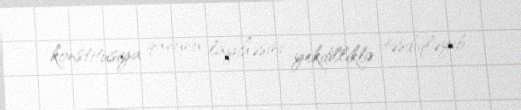
konstitusiya qanunu layihəsini yekdilliklə təsdiqləyib.